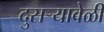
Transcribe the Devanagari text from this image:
दुसऱ्यावेळी